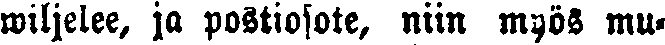
wiljelee, ja postiosote, niin myös mu-